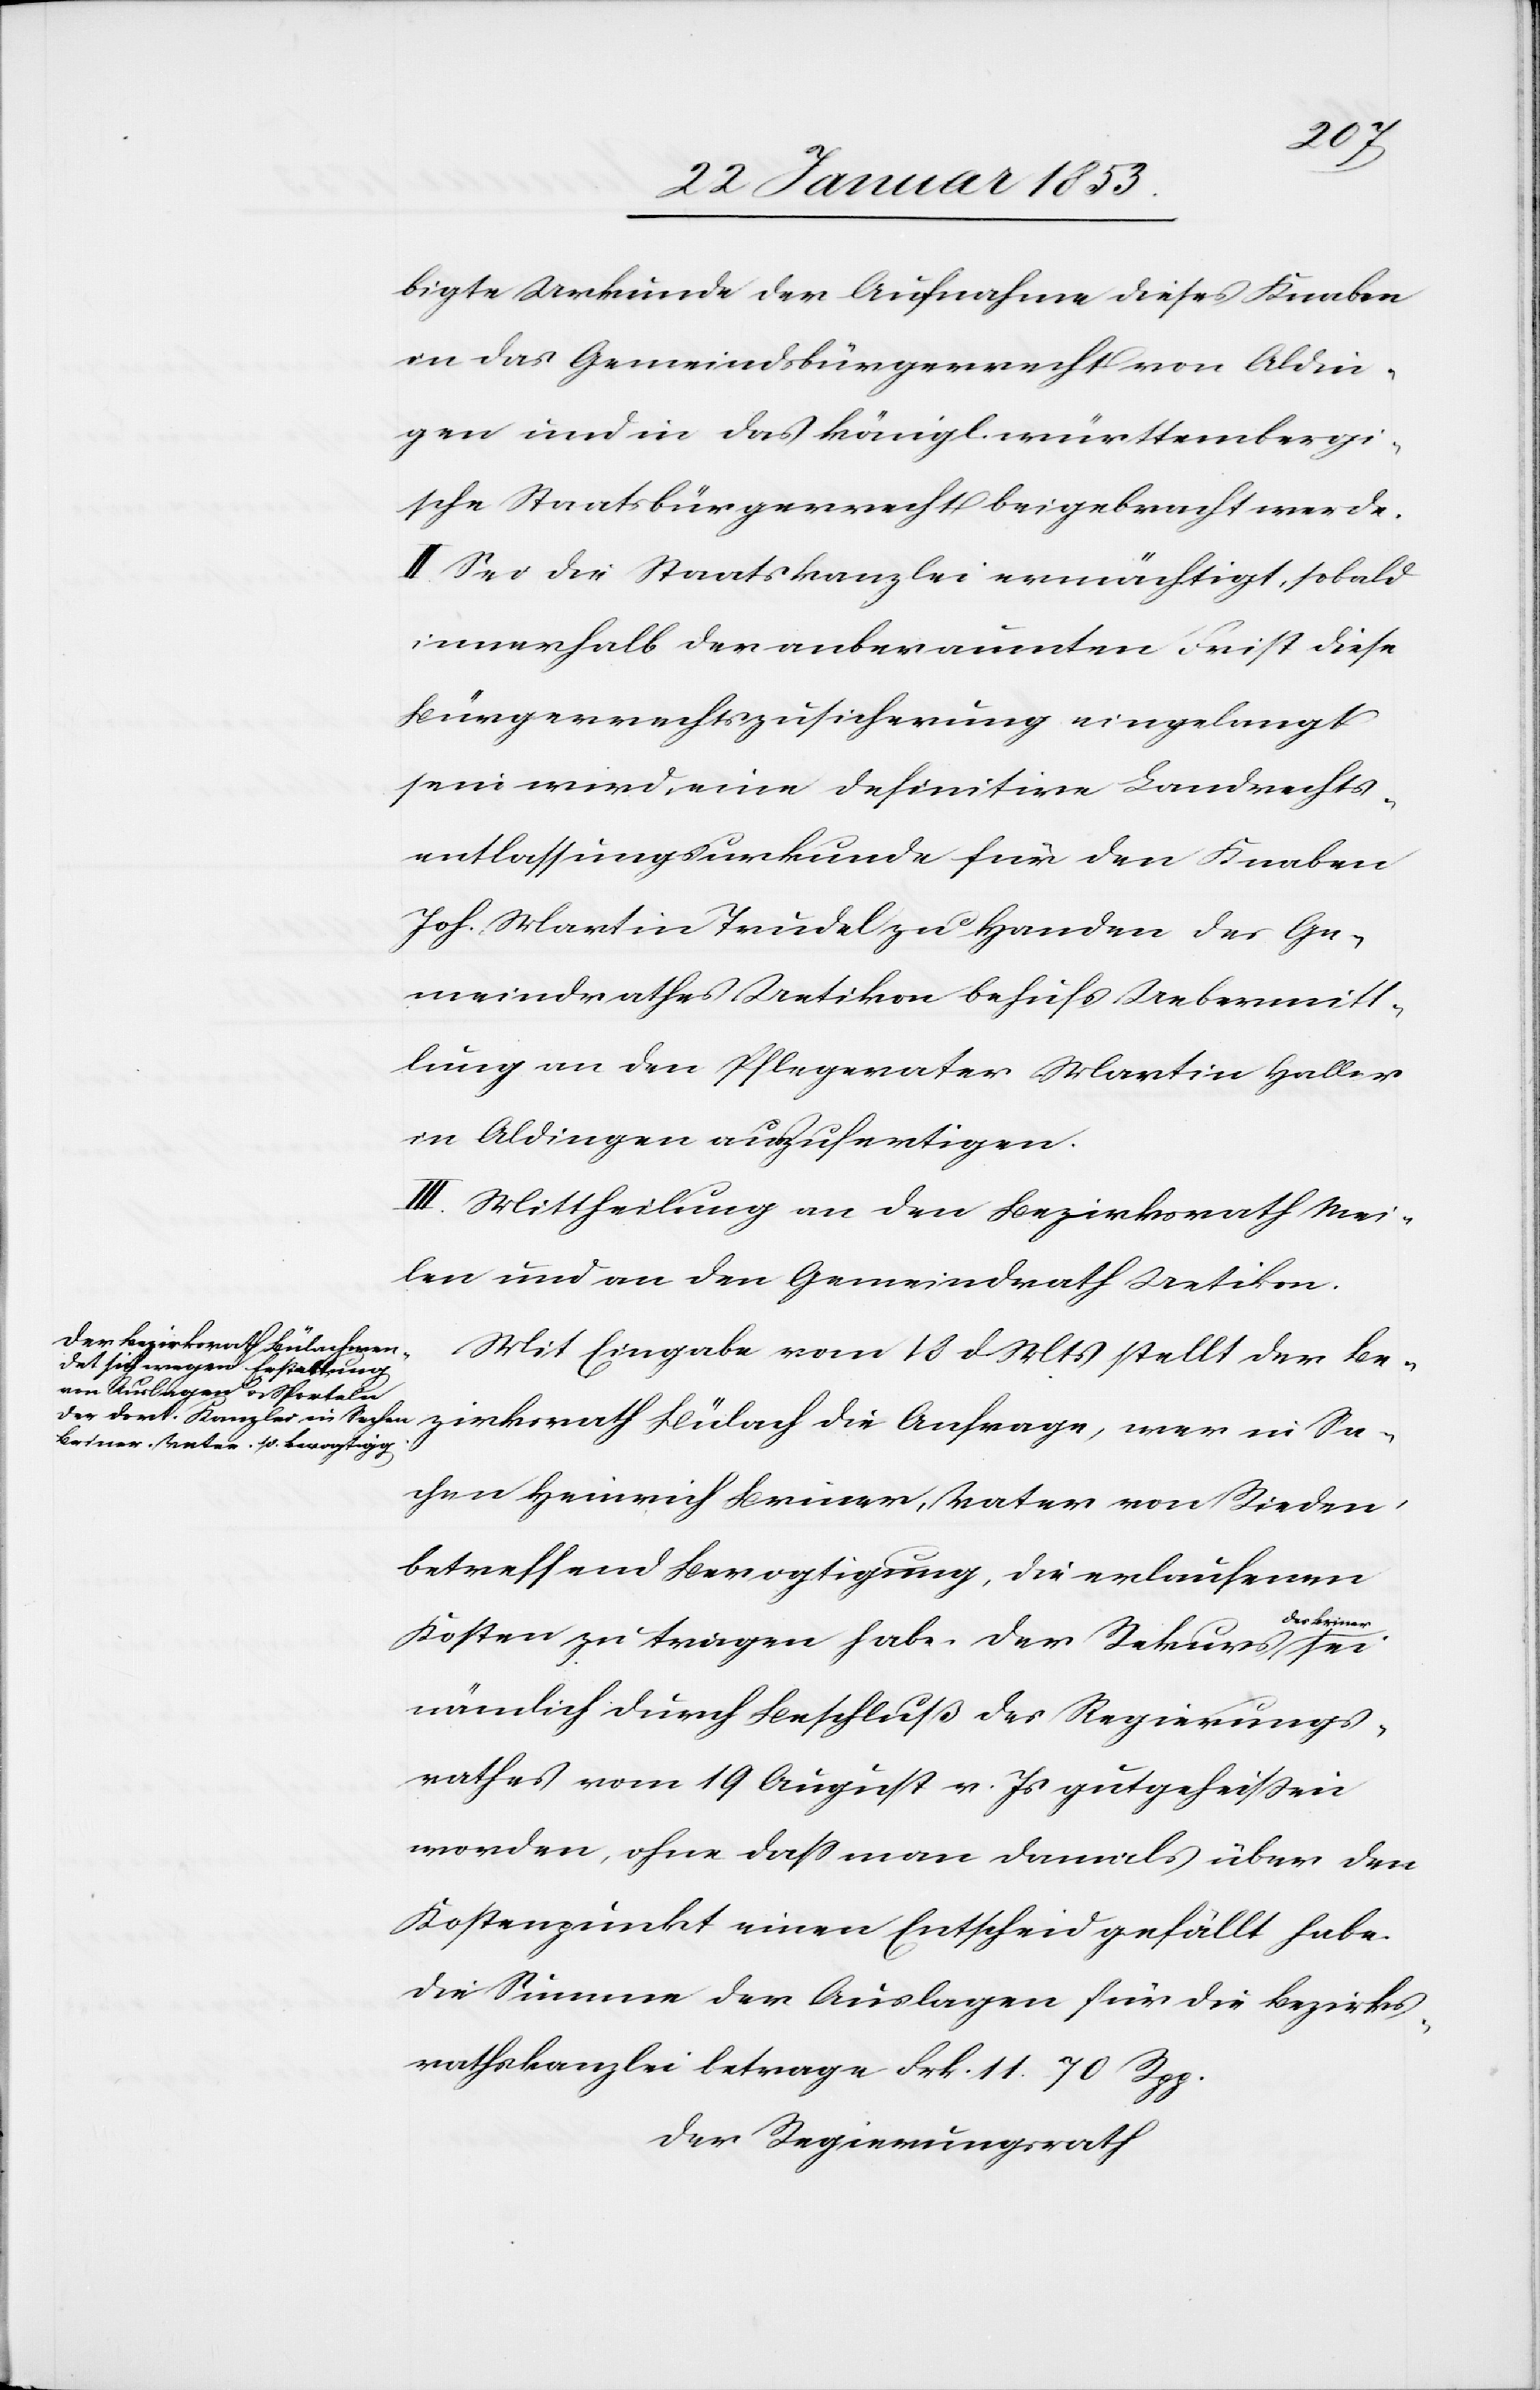
bigte Urkunde der Aufnahme dieses Knaben
an das Gemeindsbürgerrecht von Aldin¬
gen und in das königl. württembergi¬
sche Staatsbürgerrecht beigebracht werde.
II. Sei die Staatskanzlei ermächtigt, sobald
innerhalb der anberaumten Frist diese
Bürgerrechtszusicherung eingelangt
sein wird, eine definitive Landrechts¬
entlassungsurkunde für den Knaben
Joh. Martin Trudel zu Handen des Ge¬
meindrathes Uetikon behufs Uebermitt¬
lung an den Pflegevater Martin Haller
in Aldingen auszufertigen.
III. Mittheilung an den Bezirksrath Mei¬
len und an den Gemeindrath Uetikon.
ezirksrath Bülach die
Mit Eingabe vom 18 d. Mts. stellt der B¬
Sachen Heinrich Briner, Vater von Rieden
betreffend Bevogtigung, die erlaufenen
Kosten zu tragen habe. Der Rekurs des
nämlich durch Beschluß des Regierungs¬
rathes vom 19 August v. Js. gutgeheißen
worden, ohne daß man damals über den
Kostenpunkt einen Entscheid gefällt habe.
Die Summe der Auslagen für die Bezirks¬
rathskanzlei betrage Frk. 11. 70 Rpp.
Der Regierungsrath